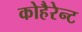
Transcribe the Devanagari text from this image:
कोहैरेन्ट